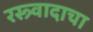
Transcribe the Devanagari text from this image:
रस्त्र्वादाचा